Annual report on the working of the lock hospitals in the Central Provinces
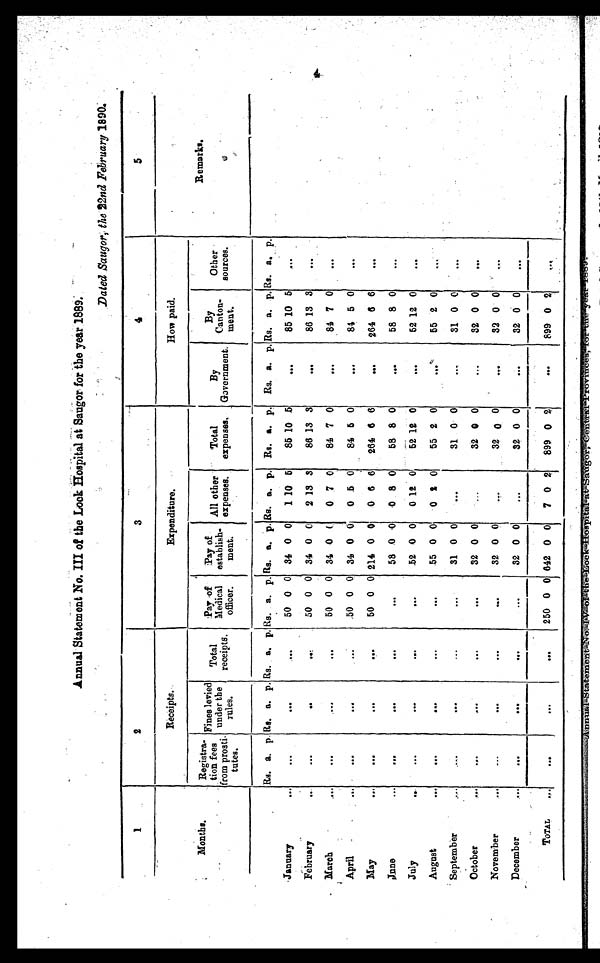
Annual Statement No. III of the Look Hospital at Baugor for the year 1889.
Dated Saugor, the 22nd February 1890.
1
2
3
4
5
Months.
Receipts.
Expenditure.
How paid.
Remarks.
Registra
- tion fees
from prosti
- tutes.
Fines levied
under the
rules.
Total
receipts.
By
Government.
By
Canto
n - m e n t .
Other
sources.
Pay of
Medical
officer.
Pay of
establish-
ment.
All other
expenses.
Total
expenses.
Rs. a. p. Rs. a. p. Rs. a. p. Rs. a. p. Rs. a. p. Rs. a. p. Rs. a. p. Rs. a. p. Rs. a. p. Rs. a. p.
January
. . .
. . .
. . .
...
50 0 0 34 0 0
1 10 5
85 10 5
. . .
85 10 5
. . .
February
...
...
. . .
. . .
50 0 0 34 0 0
2 13 3
86 13 3
...
86 13
3
. . .
March
. . .
. . .
. . .
. . .
50 0 0 34 0 0
0 7 0
84 7 0
. . .
84 7 0
. . .
April
. . .
. . .
. . .
. . .
50 0 0 34 0 0
0 5 0
84 5 0
. . .
84 5 0
. . .
May
. . .
. . .
. . .
. . .
50 0 0 214 0 0
0 6 6
264 6 6
. . .
264 6 6
. . .
June
. . .
...
. . .
. . .
...
58 0 0
0 8 0
58 8 0
. . .
58 8 0
...
July
. . .
. . .
. . .
. . .
. . .
52 0 0
0 12 0
52 12 0
. . .
5 2 12 0
. . .
August
. . .
...
. . .
. . .
. . .
55 0 0
0 2 0
55 2 0
. . .
55 2 0
...
September
. . .
...
...
. . .
. . .
31 0 0
. . .
31 0 0
. . .
31 0 0
. . .
O c t o b e r . . .
...
. . .
...
. . .
32 0 0
...
32 0 0
. . .
32 0 0
...
November
...
...
. . .
. . .
. . .
32 0 0
...
32 0 0
. . .
32 0 0
. . .
December
...
. . .
. . .
...
. . .
32
0
0
. . .
32 0 0
. . .
32 0 0
...
TOTAL
. . .
. . .
...
...
250 0 0 642 0 0
7 0 2
899 0 2
. . .
899 0 2
. . .
4